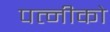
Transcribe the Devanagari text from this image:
पत्नीको